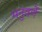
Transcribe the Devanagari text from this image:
मनुवर्णे